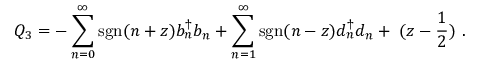
Q _ { 3 } = - \sum _ { n = 0 } ^ { \infty } \mathrm { { s g n } } ( n + z ) b _ { n } ^ { \dagger } b _ { n } + \sum _ { n = 1 } ^ { \infty } { \mathrm { s g n } } ( n - z ) d _ { n } ^ { \dagger } d _ { n } + \; ( z - { \frac { 1 } { 2 } } ) \ .